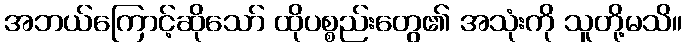
အဘယ်ကြောင့်ဆိုသော် ထိုပစ္စည်းတွေ၏ အသုံးကို သူတို့မသိ။